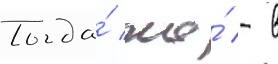
Тогда́ же́ - в